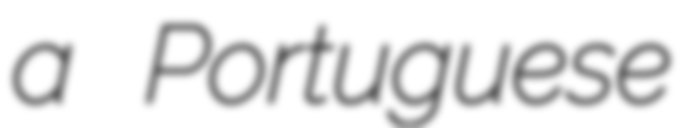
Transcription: a Portuguese